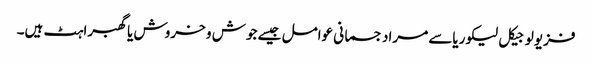
فزیولوجیکل لیکوریاسے مراد جسمانی عوامل جیسے جوش و خروش یاگھبراہٹ ہیں۔